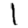
Digit: 1